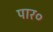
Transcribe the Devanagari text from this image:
पार०